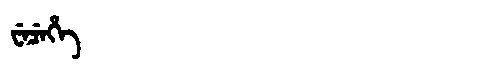
Manchu: ᠸᡝᠴᡝᡥᡝ
Romanization: WECEHE